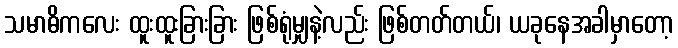
သမာဓိကလေး ထူးထူးခြားခြား ဖြစ်ရုံမျှနဲ့လည်း ဖြစ်တတ်တယ်၊ ယခုနေအခါမှာတော့